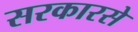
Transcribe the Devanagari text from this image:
सरकारसे